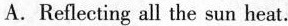
A.Reflecting all the sun heat.